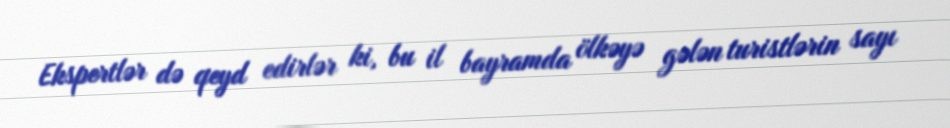
Ekspertlər də qeyd edirlər ki, bu il bayramda ölkəyə gələn turistlərin sayı